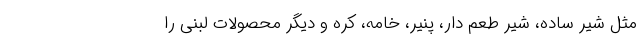
مثل شیر ساده، شیر طعم دار، پنیر، خامه، کره و دیگر محصولات لبنی را